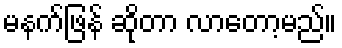
မနက်ဖြန် ဆိုတာ လာတော့မည်။